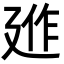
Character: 𢌣